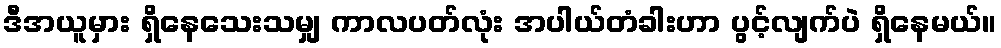
ဒီအယူမှား ရှိနေသေးသမျှ ကာလပတ်လုံး အပါယ်တံခါးဟာ ပွင့်လျက်ပဲ ရှိနေမယ်။